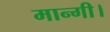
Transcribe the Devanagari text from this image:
मान्गी।